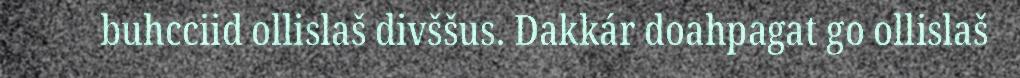
buhcciid ollislaš divššus. Dakkár doahpagat go ollislaš